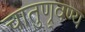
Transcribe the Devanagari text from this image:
चातुण्र्वण्य